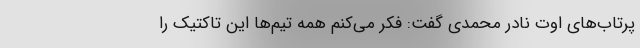
پرتاب‌های اوت نادر محمدی گفت: فکر می‌کنم همه تیم‌ها این تاکتیک را